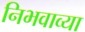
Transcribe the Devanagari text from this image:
निभवाव्या